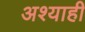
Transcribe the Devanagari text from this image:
अश्याही